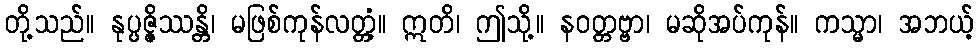
တို့သည်။ နုပ္ပဇ္ဇိဿန္တိ၊ မဖြစ်ကုန်လတ္တံ့။ ဣတိ၊ ဤသို့။ နဝတ္တဗ္ဗာ၊ မဆိုအပ်ကုန်။ ကသ္မာ၊ အဘယ့်